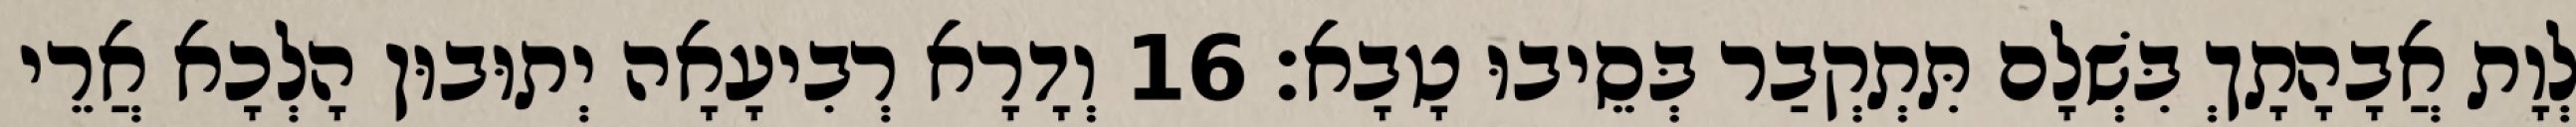
לְוָת אֲבָהָתָךְ בִּשְׁלָם תִּתְקְבַר בְּסֵיבוּ טָבָא׃ 16 וְדָרָא רְבִיעָאָה יְתוּבוּן הָלְכָא אֲרֵי